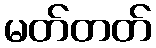
မတ်တတ်